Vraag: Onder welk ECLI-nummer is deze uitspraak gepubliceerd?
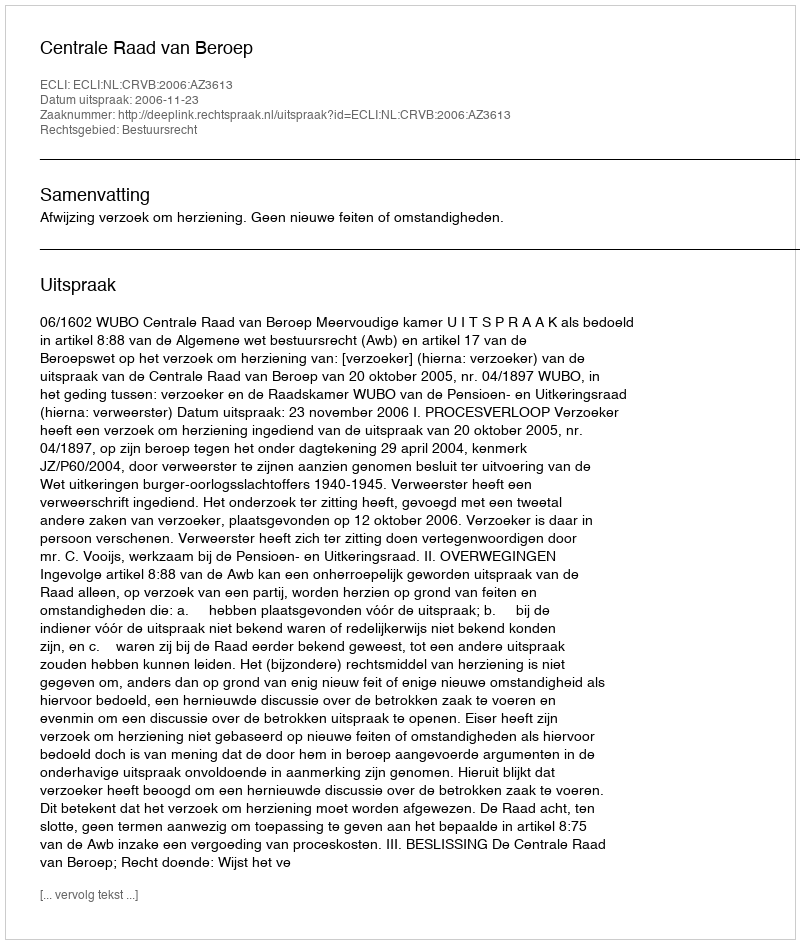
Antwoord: ECLI:NL:CRVB:2006:AZ3613